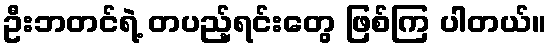
ဦးဘတင်ရဲ့ တပည့်ရင်းတွေ ဖြစ်ကြ ပါတယ်။